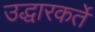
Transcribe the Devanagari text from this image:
उद्धारकर्ते